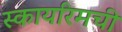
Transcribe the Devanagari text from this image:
स्कायरिमची